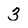
Character: 3